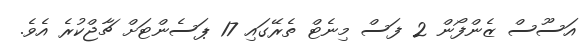
އަސޫސް ޒެންފޯން 2 ފަސް މިނެޓް ތެރޭގައި 17 ޕަސެންޓަށް ޗާޖްކުރެ އެވެ.